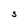
Character: S